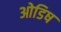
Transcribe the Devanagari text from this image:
ओडिष